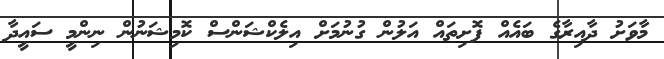
މާވަށު ދާއިރާގެ ބައެއް ފޮށިތައް އަލުން ގުނުމަށް އިލެކްޝަންސް ކޮމިޝަނުން ނިންމީ ސައީދާ